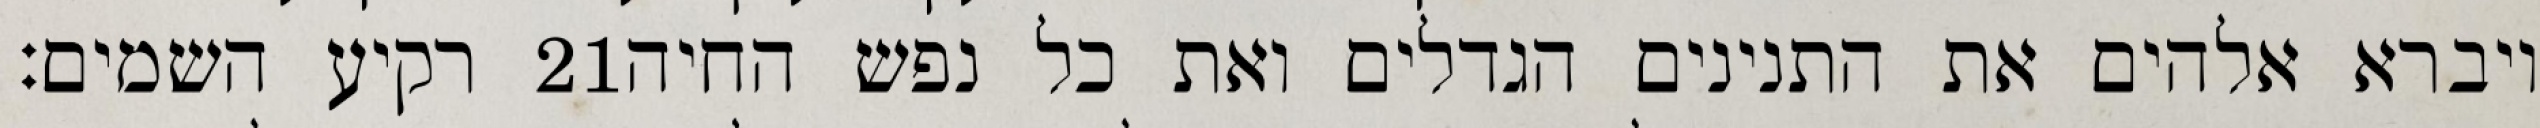
רקיע השמים׃ ‎21‏ ויברא אלהים את התנינים הגדלים ואת כל נפש החיה